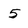
Character: 5